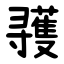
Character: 彟